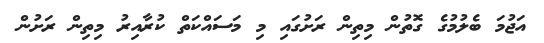
އަޖުމަ ބެލުމުގެ ގޮތުން މިތިން ރަށުގައި މި މަސައްކަތް ކުރާއިރު މިތިން ރަށުން